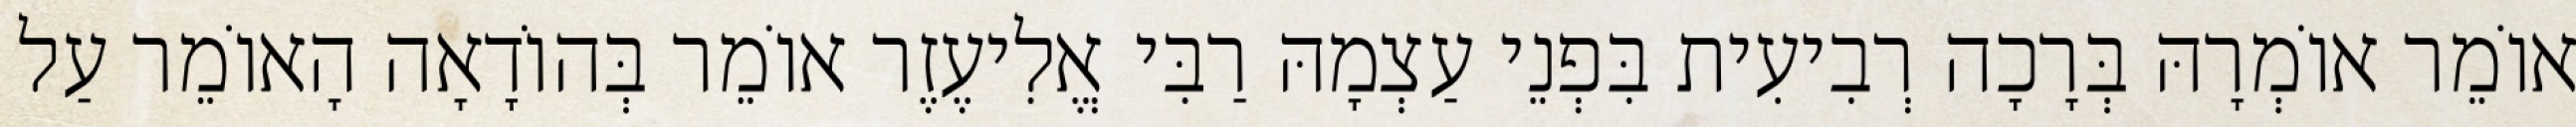
אוֹמֵר אוֹמְרָהּ בְּרָכָה רְבִיעִית בִּפְנֵי עַצְמָהּ רַבִּי אֱלִיעֶזֶר אוֹמֵר בְּהוֹדָאָה הָאוֹמֵר עַל